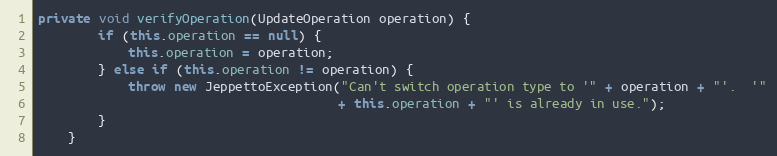
Language: Java
private void verifyOperation(UpdateOperation operation) {
        if (this.operation == null) {
            this.operation = operation;
        } else if (this.operation != operation) {
            throw new JeppettoException("Can't switch operation type to '" + operation + "'.  '"
                                        + this.operation + "' is already in use.");
        }
    }